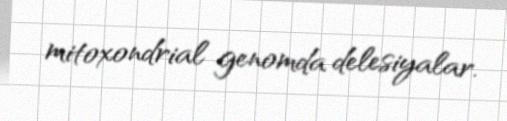
mitoxondrial genomda delesiyalar.